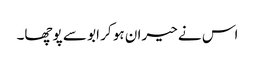
اس نے حیران ہو کر ابو سے پوچھا۔